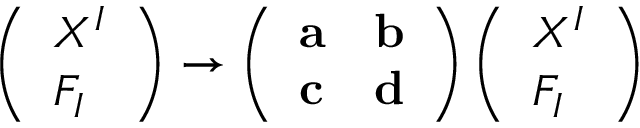
\left( \begin{array} { l } { { X ^ { I } } } \\ { { F _ { I } } } \end{array} \right) \rightarrow \left( \begin{array} { l l } { { { \bf a } } } & { { { \bf b } } } \\ { { { \bf c } } } & { { { \bf d } } } \end{array} \right) \left( \begin{array} { l } { { X ^ { I } } } \\ { { F _ { I } } } \end{array} \right)